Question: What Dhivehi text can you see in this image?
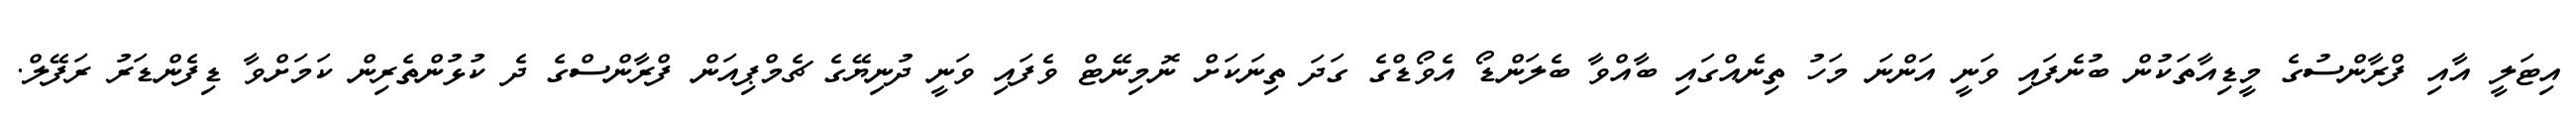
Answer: އިޓަލީ އާއި ފްރާންސުގެ މީޑިއާތަކުން ބުނެފައި ވަނީ އަންނަ މަހު ތިނެއްގައި ބާއްވާ ބެލަންޑޯ އެވޯޑްގެ ގަދަ ތިނަކަށް ނޮމިނޭޓް ވެފައި ވަނީ ދުނިޔޭގެ ޗެމްޕިއަން ފްރާންސްގެ ދެ ކުޅުންތެރިން ކަމަށްވާ ޑިފެންޑަރު ރަފޭލް.